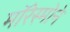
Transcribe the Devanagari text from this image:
मॉरेस्मोने